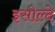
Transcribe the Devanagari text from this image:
इसोल्दे